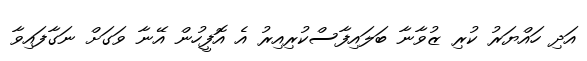
އަދި ހައްޔަރު ކުރި ޒުވާނާ ބަލައިފާސްކުރިއިރު އެ އޮފީހުން އޭނާ ވަގަށް ނަގާފައިވާ